Senior Leaving Certificate Examination (including Day School Certificate (Higher) General paper), 1949
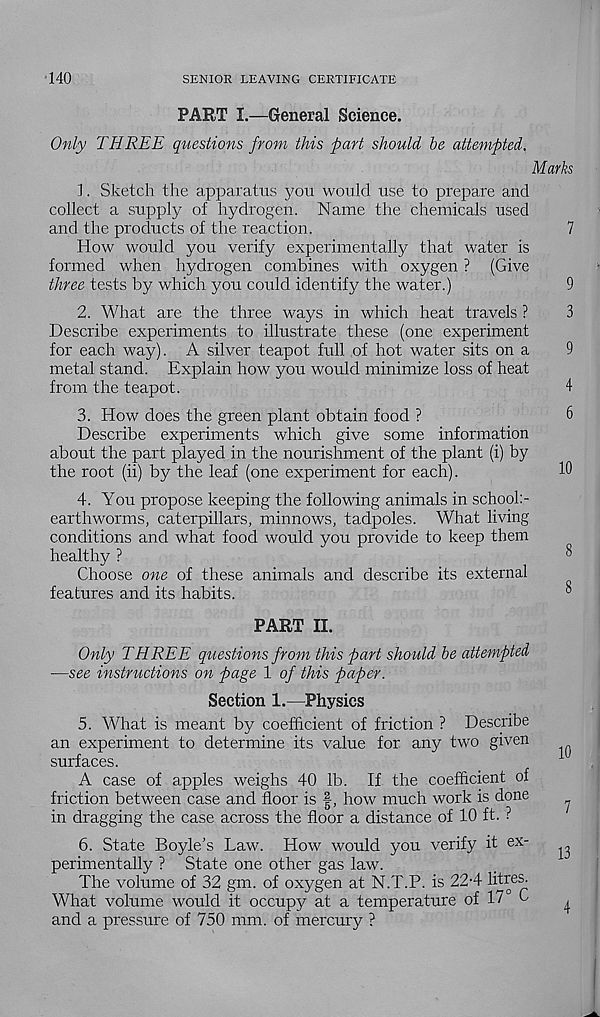
140
SENIOR LEAVING CERTIFICATE
PART I.—General Science.
Only THREE questions from this part should be attempted.
Marks
1. Sketch the apparatus you would use to prepare and
collect a supply of hydrogen. Name the chemicals used
and the products of the reaction.
7
How would you verify experimentally that water is
formed when hydrogen combines with oxygen ? (Give
three tests by which you could identify the water.)
9
2. What are the three ways in which heat travels ?
3
Describe experiments to illustrate these (one experiment
for each way). A silver teapot full of hot water sits on a
9
metal stand. Explain how you would minimize loss of heat
from the teapot.
4
3. How does the green plant obtain food ?
6
Describe experiments which give some information
about the part played in the nourishment of the plant (i) by
the root (ii) by the leaf (one experiment for each).
10
4. You propose keeping the following animals in school:-
earthworms, caterpillars, minnows, tadpoles. What living
conditions and what food would you provide to keep them
healthy ?
^
Choose one of these animals and describe its external
features and its habits.
°
PART II.
Only THREE questions from this part should be attempted
—see instructions on page 1 of this paper.
Section 1.—Physics
5. What is meant by coefficient of friction ? Describe
an experiment to determine its value for any two given
surfaces.
1
A case of apples weighs 40 lb. If the coefficient of
friction between case and floor is |, how much work is done
^
in dragging the case across the floor a distance of 10 ft. ?
6. State Boyle’s Law. How would you verify it ex-
^
perimentally ? State one other gas law.
The volume of 32 gm. of oxygen at N.T.P. is 22-4 litres.
What volume would it occupy at a temperature of 17 0
^
and a pressure of 750 mm. of mercury ?